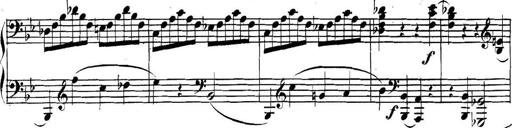
Title: Collected Piano Sonatas
Composer: Muzio Clementi